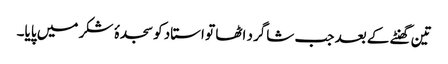
تین گھنٹے کے بعد جب شاگرد اٹھا تو استاد کو سجدۂ شکر میں پایا۔